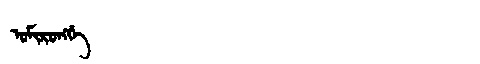
Manchu: ᠣᠮᡳᡵᠣᠩᡤᡝ
Romanization: OMIRONGGE